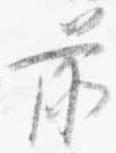
前